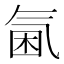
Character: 𣱣